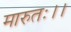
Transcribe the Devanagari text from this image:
मारुतः।।